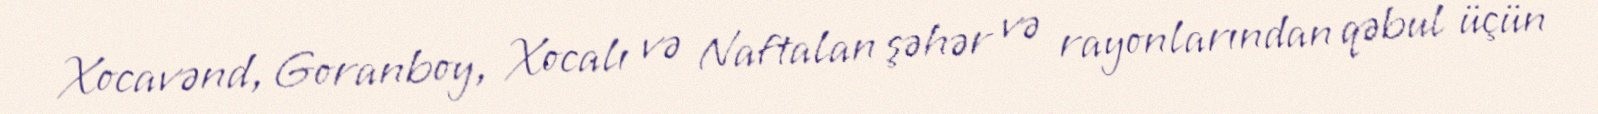
Xocavənd, Goranboy, Xocalı və Naftalan şəhər və rayonlarından qəbul üçün